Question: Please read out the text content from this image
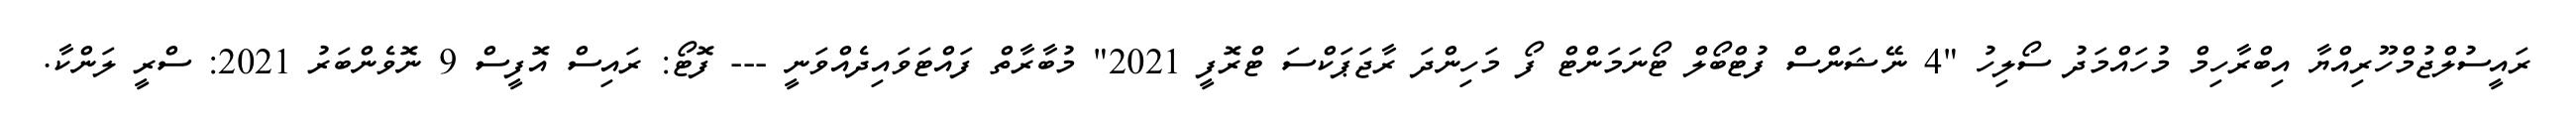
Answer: ރައީސުލްޖުމްހޫރިއްޔާ އިބްރާހިމް މުހައްމަދު ސޯލިހު "4 ނޭޝަންސް ފުޓްބޯލް ޓޯނަމަންޓް ފޯ މަހިންދަ ރާޖަޕަކްސަ ޓްރޮފީ 2021" މުބާރާތް ފައްޓަވައިދެއްވަނީ --- ފޮޓޯ: ރައިސް އޮފީސް 9 ނޮވެންބަރު 2021: ސްރީ ލަންކާ.